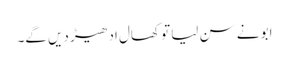
ابو نے سن لیا تو کھال ادھیڑ دیں گے۔